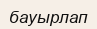
бауырлап